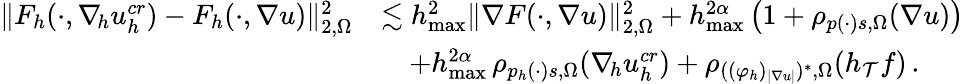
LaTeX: \begin{array}{r}{\begin{array}{rl}{\| F_{h}(\cdot,\nabla_{\! h}u_{h}^{\textit{cr}})-F_{h}(\cdot,\nabla u)\| _{2,\Omega}^{2}}&{\lesssim h_{\operatorname*{max}}^{2}\| \nabla F(\cdot,\nabla u)\| _{2,\Omega}^{2}+h_{\operatorname*{max}}^{2\alpha}\, \big(1+\rho_{p(\cdot)s,\Omega}(\nabla u)\big)}\\ &{\quad+h_{\operatorname*{max}}^{2\alpha}\, \rho_{p_{h}(\cdot)s,\Omega}(\nabla_{\! h}u_{h}^{\textit{cr}})+\rho_{((\varphi_{h})_{\vert\nabla u\vert})^{*},\Omega}(h_{\mathcal{T}}f)\, .}\end{array}}\end{array}